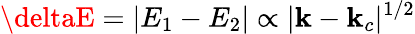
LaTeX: \deltaE=|E_{1}-E_{2}|\propto|\mathbf{k}-\mathbf{k}_{c}|^{1/2}